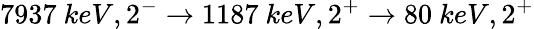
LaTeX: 7937\ keV,2^{-}\rightarrow 1187\ keV,2^{+}\rightarrow 80\ keV,2^{+}